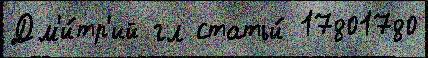
Дм'и́тр'ий гл статьи́ 17801780